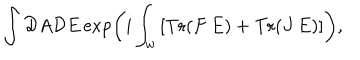
LaTeX: \int { \cal D } A { \cal D } E \exp \left( i \int _ { w } \left[ \mathrm { T r } ( F \, E ) + \mathrm { T r } ( J \, E ) \right] \right) ,